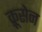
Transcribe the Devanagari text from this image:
क्रूसेन